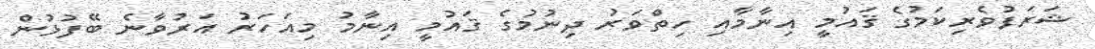
ޝަރަފުވެރިކަމުގެ ޤައުމީ އިނާމާއި ހިތްވަރު ދިނުމުގެ ޤައުމީ އިނާމު މިއަހަރު އަރުވާނެ ބޭފުޅުން